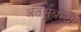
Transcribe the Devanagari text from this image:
अंतर्सबन्धों